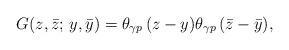
LaTeX: \begin{align*}G(z,\bar z;\,y,\bar y)= \theta_{\gamma p}\, (z-y)\theta_{\gamma p}\, (\bar z-\bar y),\end{align*}